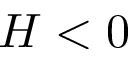
H < 0